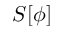
S [ \phi ]